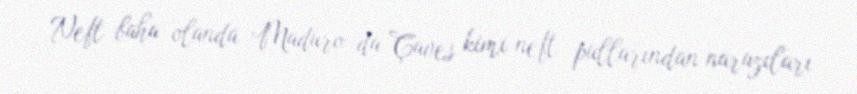
Neft baha olanda Maduro da Çaves kimi neft pullarından narazıları